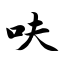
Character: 呋